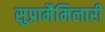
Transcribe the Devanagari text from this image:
सुप्रामैमिलारी